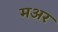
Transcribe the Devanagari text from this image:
मअर